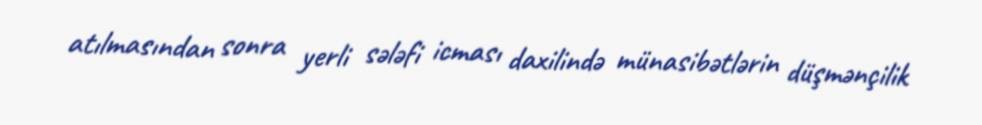
atılmasından sonra yerli sələfi icması daxilində münasibətlərin düşmənçilik